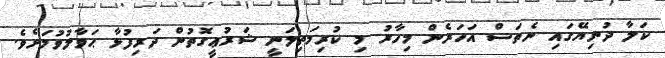
ކަލާ ދުނިޔޭގައި ނެތަސް އަހަރެން މިހާރު މި ކުރިމަތިލަނީ ޝަރުޢީގޮތުން ދަރިފުޅާ ޙަވާލުވުމަށެވެ.